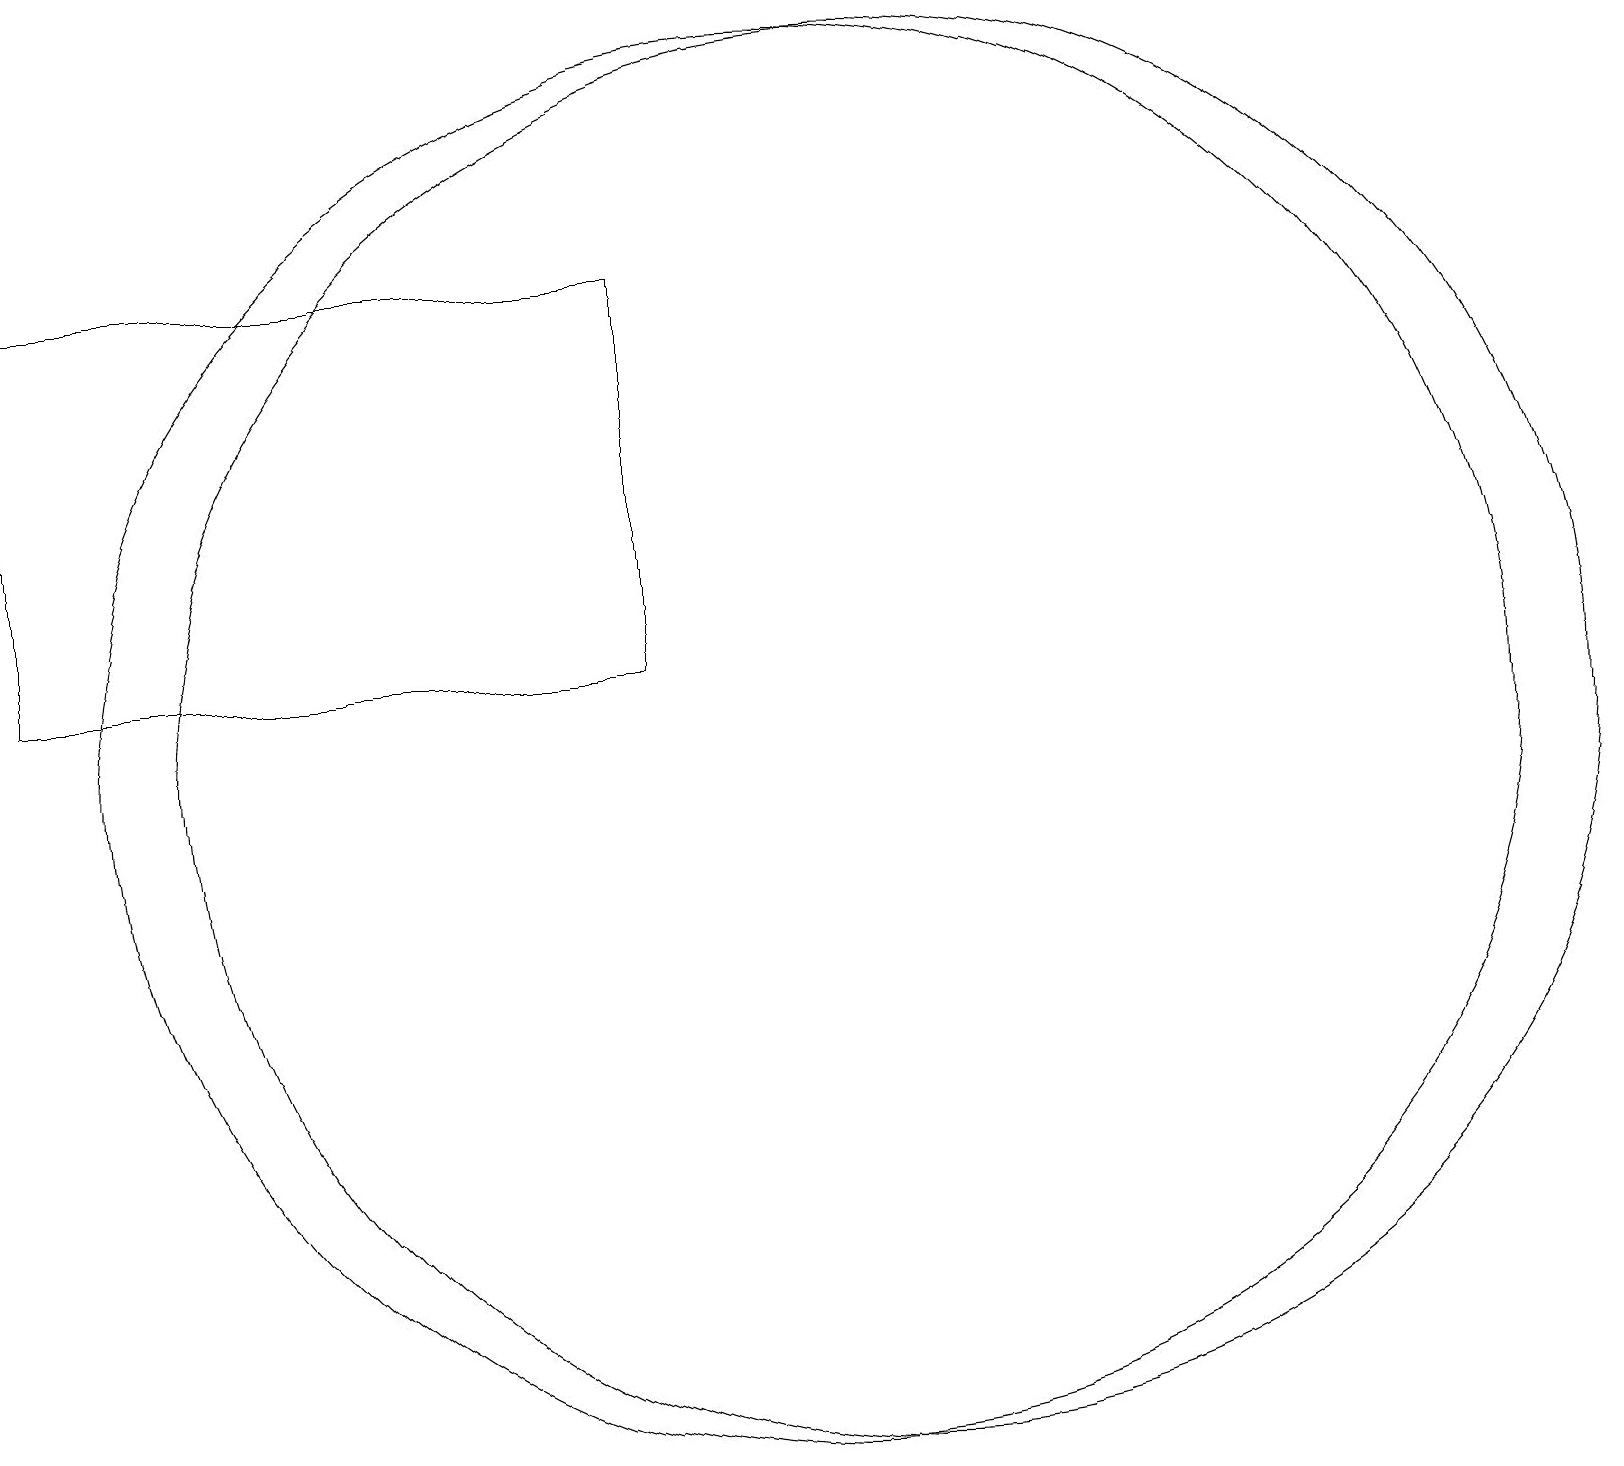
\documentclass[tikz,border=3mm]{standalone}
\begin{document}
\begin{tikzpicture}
\draw (10,11) circle (9);
\draw (11,11) circle (9);
\draw (8,17) rectangle (0,12);
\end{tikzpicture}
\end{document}